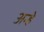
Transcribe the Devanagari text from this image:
अन्हे